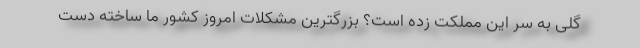
گلی به سر این مملکت زده است؟ بزرگترین مشکلات امروز کشور ما ساخته دست